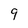
Character: 9